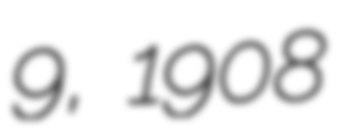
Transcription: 9, 1908